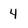
Character: 4